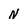
Character: N